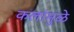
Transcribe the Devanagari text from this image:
कलांमुळे